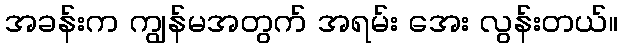
အခန်းက ကျွန်မအတွက် အရမ်း အေး လွန်းတယ်။